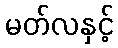
မတ်လနှင့်